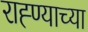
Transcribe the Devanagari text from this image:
राह्ण्याच्या